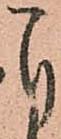
自